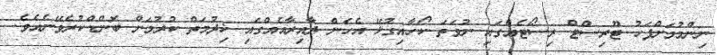
ނިންމުމަށްފަހު ޓޫރިސްޓް ރިސޯޓެއްގައި ނުވަތަ ކޯހާއިގުޅޭ އެހެން ދާއިރާއެއްގައި ޚިދުމަތް ކުރުމަށް ބޮންޑްކުރެވޭނެއެވެ.